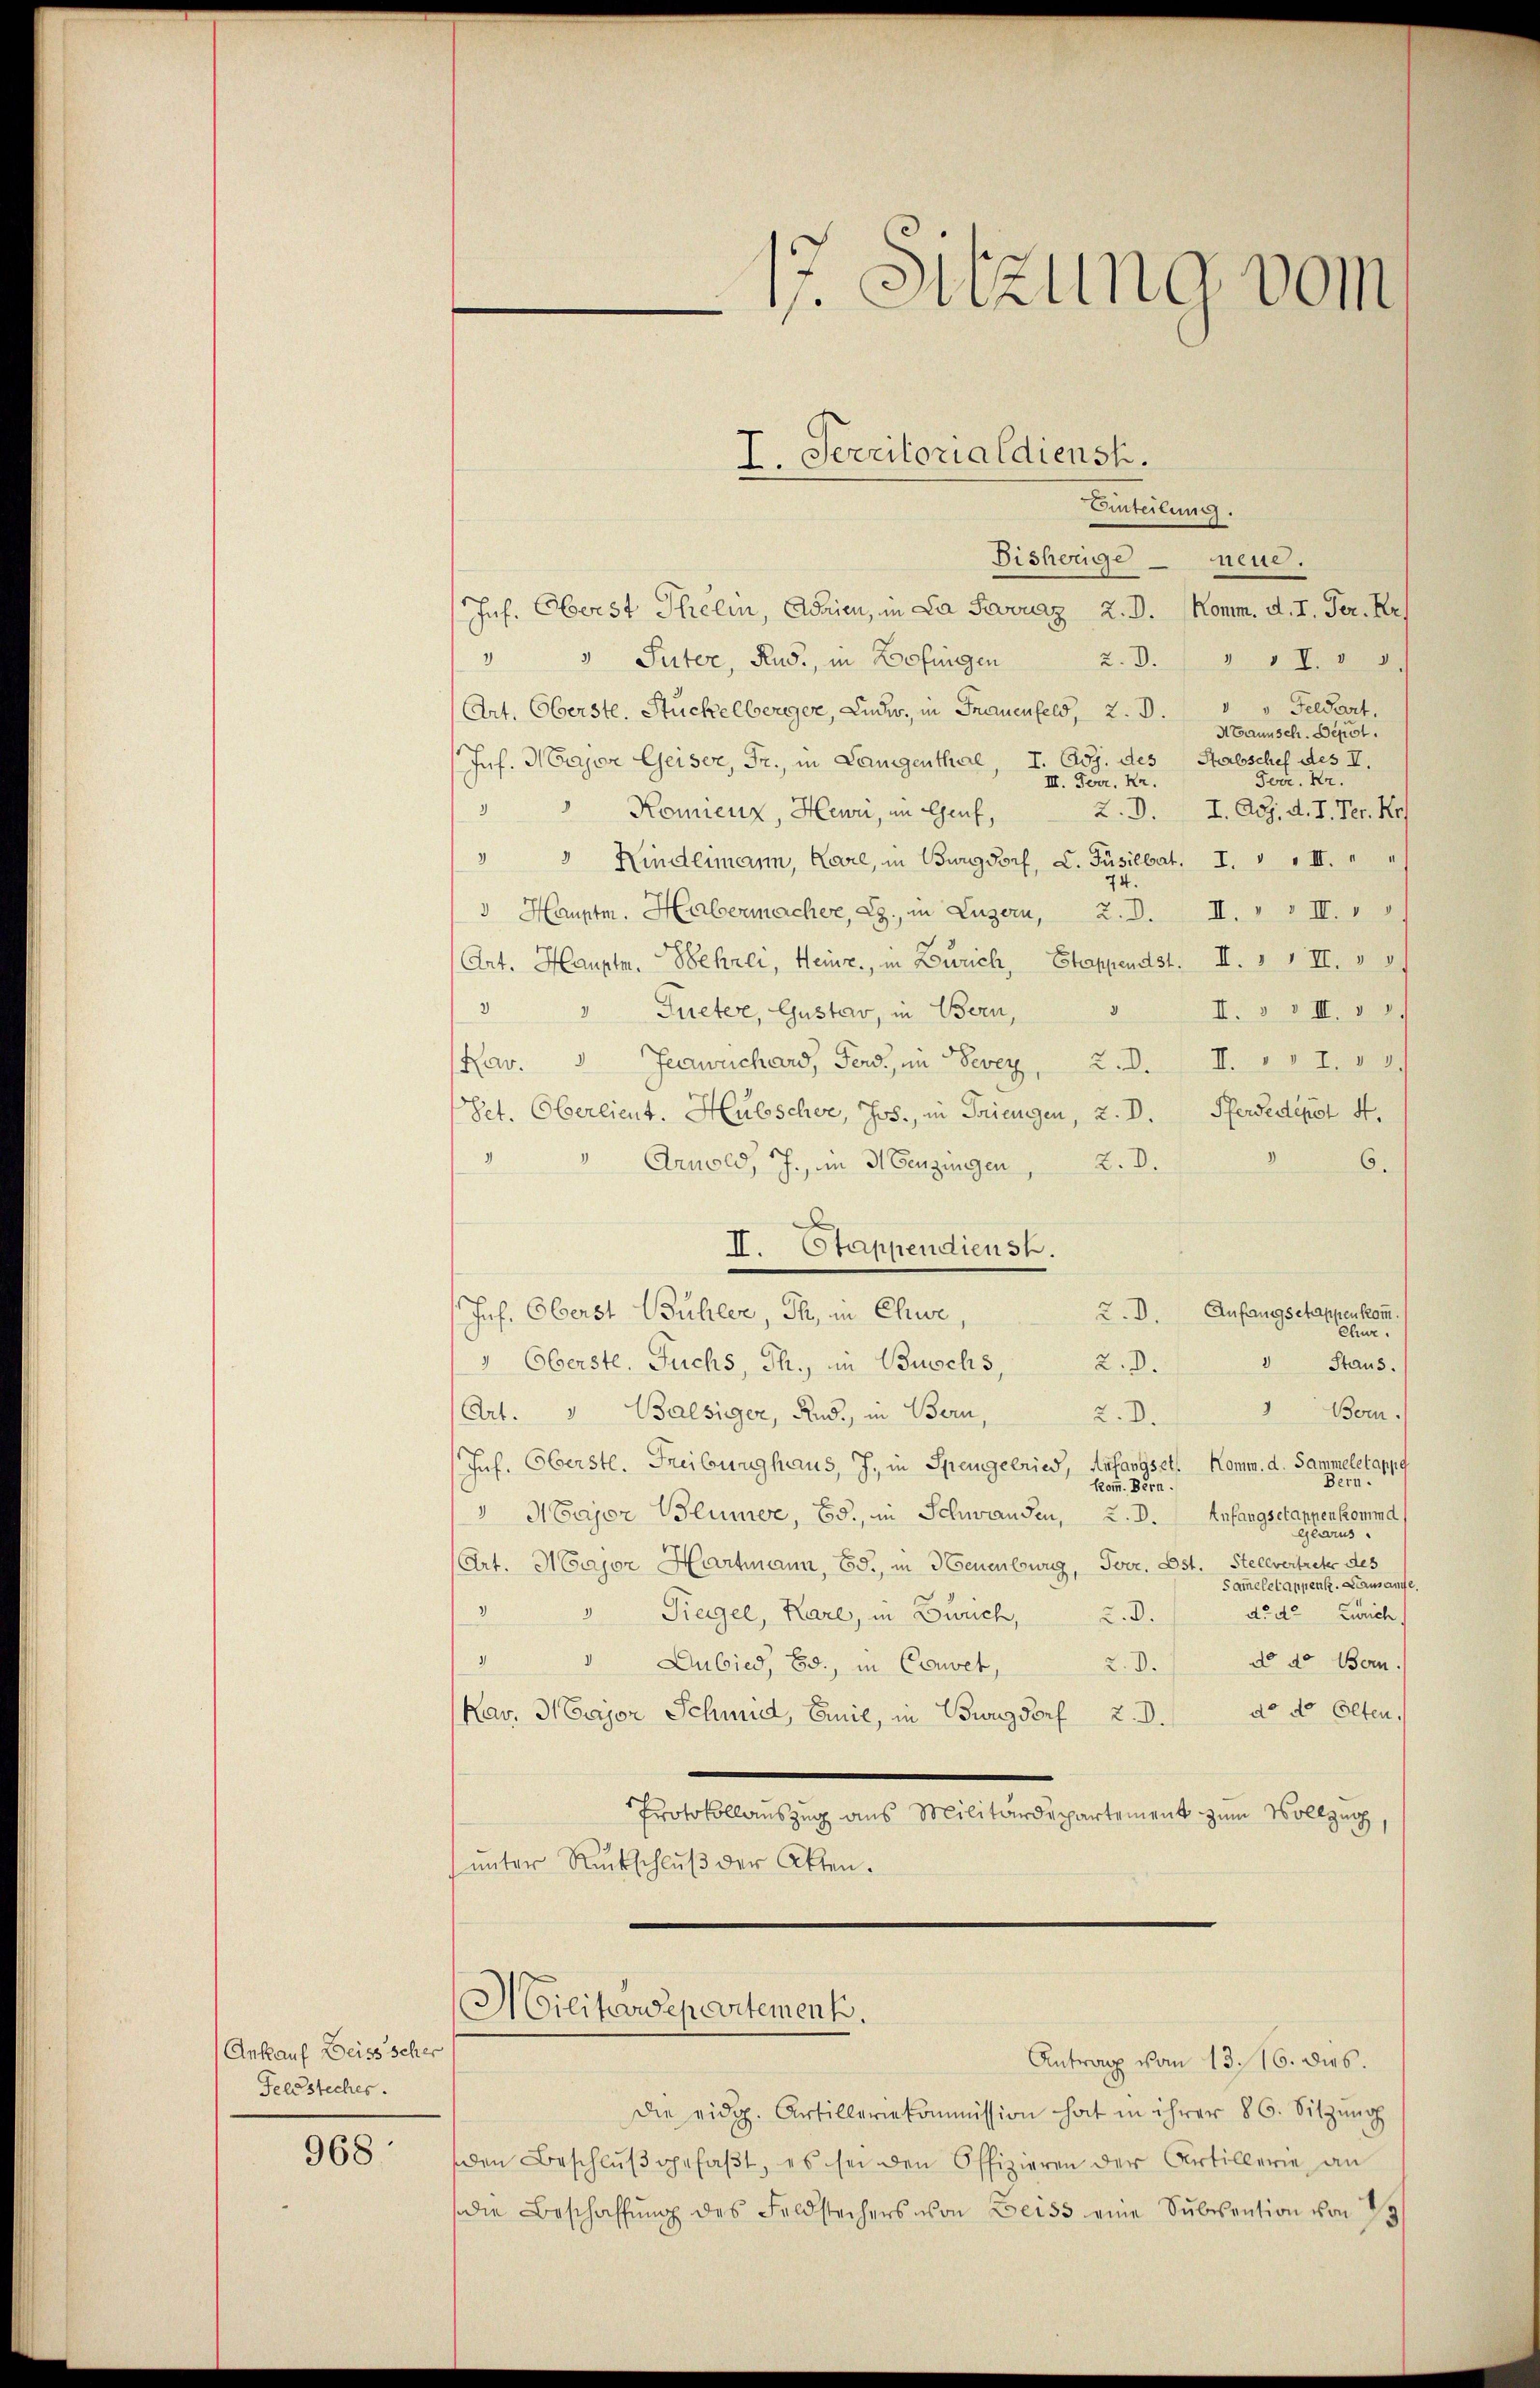
(Ankauf Beiss scher
Feldsteches.

968

Bisherige neue.
Inf. Oberst Thelin, Adrien, in La Pawraz, 2. D. Komm. d. 1. Fer. Kr.
2. d.
2
 Suter, Rud., in Zofingen
" I. 3.
  Feldart,
(Art. Oberste. Stückelberger, Ludw., in Frauenfeld, 2. d.
Haunsch. Depot.
Inf. Major Geiser, Fr., in Langenthal, I. Adj. des Stabschef des II.
Foir. Kr.
III. Ferr. Kr.
" Komienz, Heuri, im Genf,
2. 9. I. Aug. d. I. Der. Hof
" " Kindlimann, Karl, in Burgdorf, C. Füsilbat. I. " " II. " "
74
 Hauptm. Habermacher, Rp., in Luzern, 2. O. II. " " II. " "
(Art. Hauptm. Wehrli, Heinr., in Zürich, Etappendst. II. 1 1 II.
8
3 " Fueter, Gustav, in Bern,
II.» v II. v 1
Rav. " Jeanrichars, Ferd., in Vevey, 2. d. II. " " 7. 19
Set. Oberlieut. Hübscher, Jos., in Friengen, 2. D. Pferdedepot 4.
6.
Arnold, J., im Menzingen, 2. d.
II. Stappendienst.
Anfangsetappenkomm.
2.
Jnf. Oberst Bühler, Th., in Chwe,
Chur.
.
" Oberste. Fuchs, Th., in Buchs,
Staus.
2.8.
9
Bern.
(Art. " Balsiger, Rud., in Bern,
2.D.
Jnf. Oberstl. Freiburghaus, J. in Spengelried, Anfangset. Komm. d. Sammeletappg
Bern.
kom. Bern.
Major Blümer, Ed., in Schwanden, 2. D. Anfangsetappenkommd
Glarus.
(Art. Major Hartmann, Ed., in Neuenburg, Jvor. Ost. Stellvertrete des
Sammeletappenk. Lausame.
3
d. d. Zürich,
" Siegel, Kare, in Zürich, 2. d.
3
do do Bern.
 Dubied, Ed., in Couvet,
2.D.
Kav. Major Schmid, Emil, in Bewugdorf 2. d. d. d. Olten.
Protokollauszug aus Militärdepartement zum Vollzung,
unter Rückschluß der Akten.
Militärdepartement.
Antrag vom 13. 16. dies.
die eidg. Artilleriekommission hat in ihrer 86. Sitzŭng
den Beschlŭβ gefaβt, es sei den Offizieren der Artillerie an
die Beschaffŭng des Feldstechers von Beiss eine Subvention von 13/

17. Sitzung vom

I. Serritorialdienst.
Einteilung.